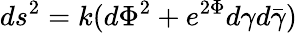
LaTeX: ds^{2}=k(d{\Phi}^{2}+e^{2{\Phi}}{d{\gamma}}{d{\bar{\gamma}}})